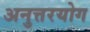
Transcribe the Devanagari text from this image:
अनुत्तरयोग